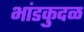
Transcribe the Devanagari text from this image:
भांडकुदळ